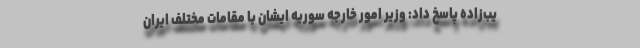
یب‌زاده پاسخ داد: وزیر امور خارجه سوریه ایشان با مقامات مختلف ایران